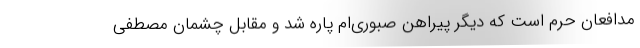
مدافعان حرم است که دیگر پیراهن صبوری‌ام پاره شد و مقابل چشمان مصطفی